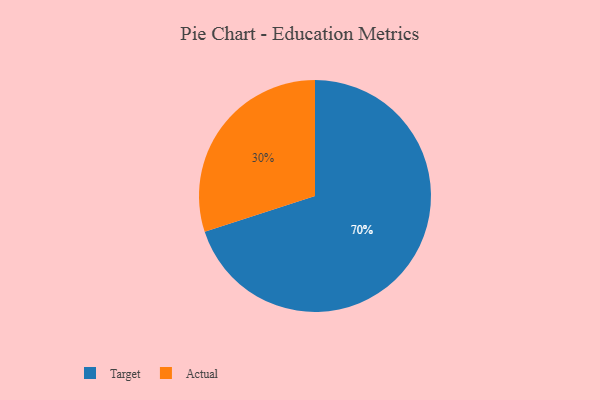
{"axis": {"x": "Category", "y": "Percentage"}, "legend": ["Actual", "Target"], "data": [{"x": "Target", "y": 70, "type": "Target"}, {"x": "Actual", "y": 30, "type": "Actual"}]}